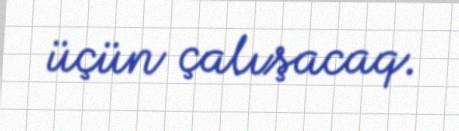
üçün çalışacaq.